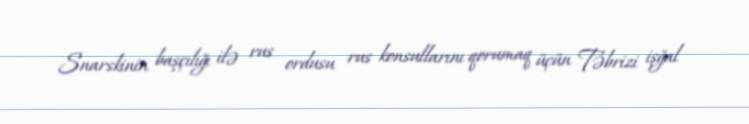
Snarskinin başçılığı ilə rus ordusu rus konsullarını qorumaq üçün Təbrizi işğal